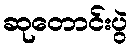
ဆုတောင်းပွဲ